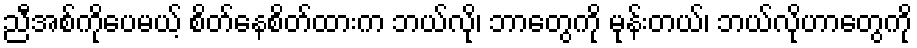
ညီအစ်ကိုပေမယ့် စိတ်နေစိတ်ထားက ဘယ်လို၊ ဘာတွေကို မုန်းတယ်၊ ဘယ်လိုဟာတွေကို